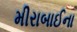
મીરાબાઈના